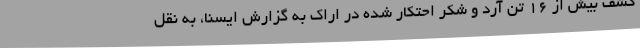
کشف بیش از 16 تن آرد و شکر احتکار شده در اراک به گزارش ایسنا، به نقل